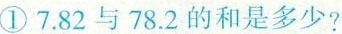
①7.82与78.2的和是多少?